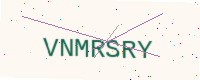
Text: VNMRSRY